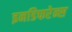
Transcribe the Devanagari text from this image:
इनडिफरेन्स